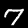
Digit: 7